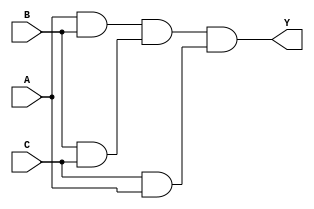
module three_input_and_gate(
    input A,
    input B,
    input C,
    output Y
);

wire gate1_output;
wire gate2_output;
wire gate3_output;

assign gate1_output = A & B;
assign gate2_output = B & C;
assign gate3_output = C & A;

assign Y = gate1_output & gate2_output & gate3_output;

endmodule